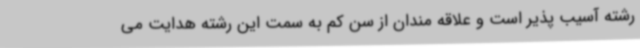
رشته آسیب پذیر است و علاقه مندان از سن کم به سمت این رشته هدایت می